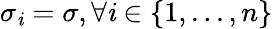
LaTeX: \sigma_{\mathit{i}}=\sigma,\forall\mathit{i}\in\left\{ 1,...,n\right\}